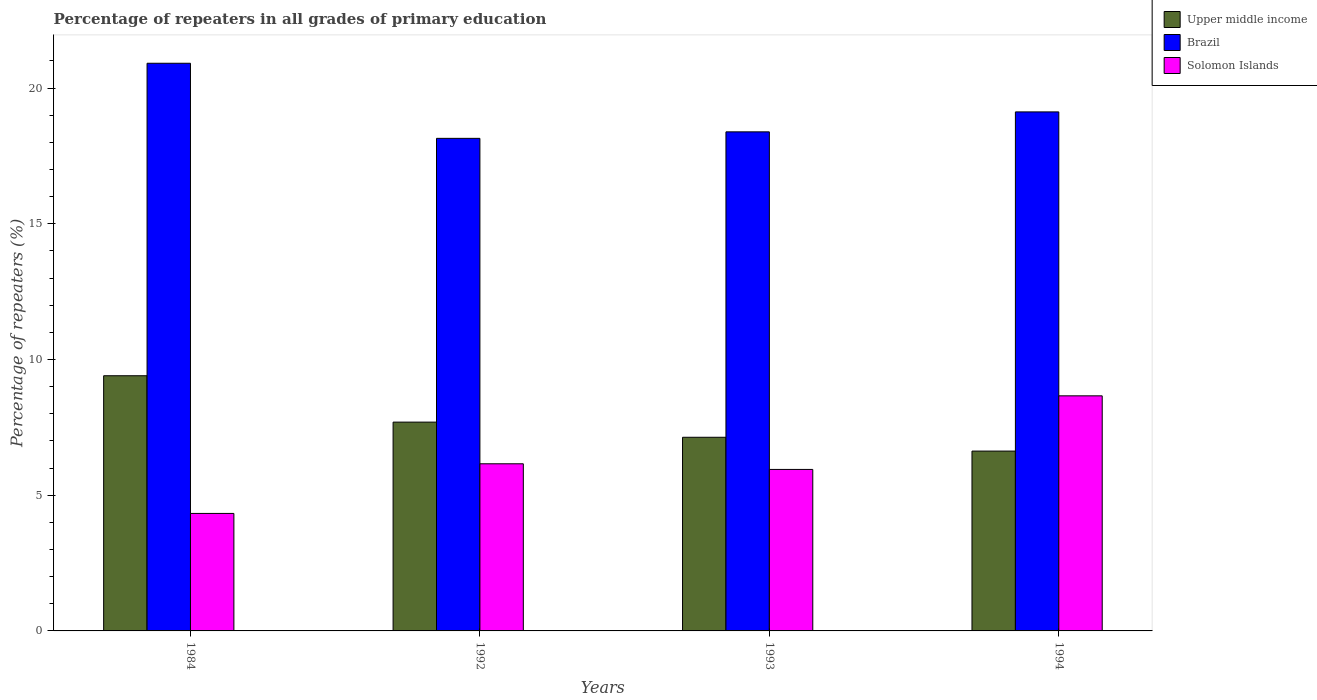
| Years | Upper middle income | Brazil | Solomon Islands |
 | --- | --- | --- | --- |
 | 1984 | 9.4 | 20.9 | 4.33 |
 | 1992 | 7.69 | 18.1 | 6.16 |
 | 1993 | 7.13 | 18.4 | 5.95 |
 | 1994 | 6.63 | 19.1 | 8.66 |